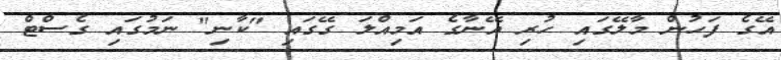
އޭގެ ފަހުން މާލޭގައި ހުރި އޭނާގެ އަމިއްލަ ގޭގައި "ކާނި" ނަމުގައި ގެސްޓް